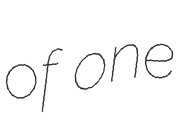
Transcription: of one